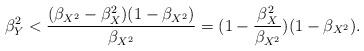
LaTeX: \begin{align*}\beta_Y^2<\frac{(\beta_{X^2}-\beta_{X}^2)(1-\beta_{X^2})}{\beta_{X^2}}=(1-\frac{\beta_{X}^2}{\beta_{X^2}})(1-\beta_{X^2}).\end{align*}